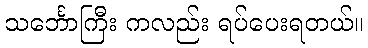
သင်္ဘောကြီး ကလည်း ရပ်ပေးရတယ်။